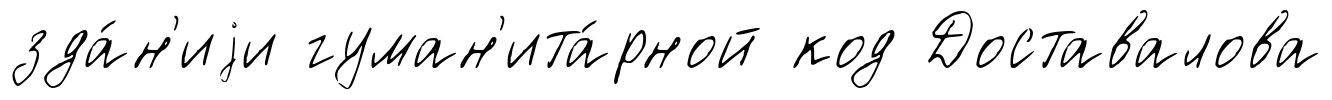
зда́н'иjи гуман'ита́рной код Доставалова